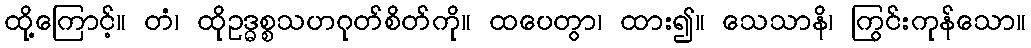
ထို့ကြောင့်။ တံ၊ ထိုဥဒ္ဓစ္စသဟဂုတ်စိတ်ကို။ ထပေတွာ၊ ထား၍။ သေသာနိ၊ ကြွင်းကုန်သော။